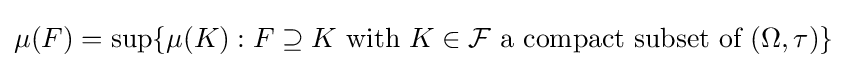
\mu (F)=\sup\{\mu (K):F\supseteq K{\text{ with }}K\in {\mathcal {F}}{\text{ a compact subset of }}(\Omega ,\tau )\}